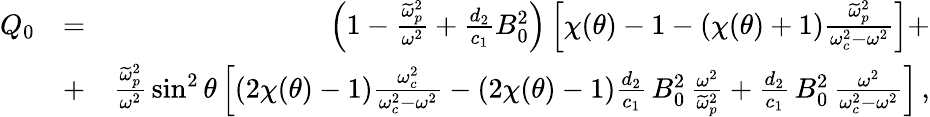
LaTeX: \begin{array}{rlr}{Q_{0}}&{=}&{\left(1-\frac{\widetilde{\omega}_{p}^{2}}{\omega^{2}}+\frac{d_{2}}{c_{1}}B_{0}^{2}\right)\left[\chi(\theta)-1-(\chi(\theta)+1)\frac{\widetilde{\omega}_{p}^{2}}{\omega_{c}^{2}-\omega^{2}}\right]+}\\ &{+}&{\frac{\widetilde{\omega}_{p}^{2}}{\omega^{2}}\, \sin^{2}\theta\left[(2\chi(\theta)-1)\frac{\omega_{c}^{2}}{\omega_{c}^{2}-\omega^{2}}-(2\chi(\theta)-1)\frac{d_{2}}{c_{1}}\, B_{0}^{2}\, \frac{\omega^{2}}{\widetilde{\omega}_{p}^{2}}+\frac{d_{2}}{c_{1}}\, B_{0}^{2}\, \frac{\omega^{2}}{\omega_{c}^{2}-\omega^{2}}\right]\, ,}\end{array}